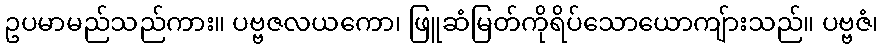
ဥပမာမည်သည်ကား။ ပဗ္ဗဇလယကော၊ ဖြူဆံမြတ်ကိုရိပ်သောယောကျ်ားသည်။ ပဗ္ဗဇံ၊